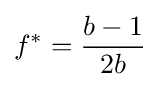
f^{*}={\frac {b-1}{2b}}\!